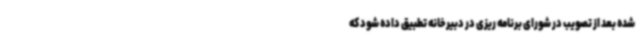
شده بعد از تصویب در شورای برنامه ریزی در دبیرخانه تطبیق داده شود که